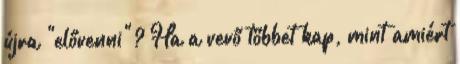
újra "elővenni"? Ha a vevő többet kap, mint amiért